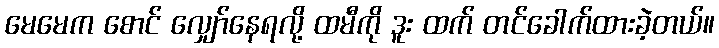
မေမေက စောင် လျှော်နေရလို့ ထမီကို ဒူး ထက် တင်ခေါက်ထားခဲ့တယ်။